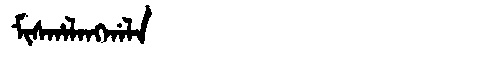
Manchu: ᠮᡳᠰᡥᠠᠯᠠᠩᡤᠠᠯᠠ
Romanization: MISHALANGGALA